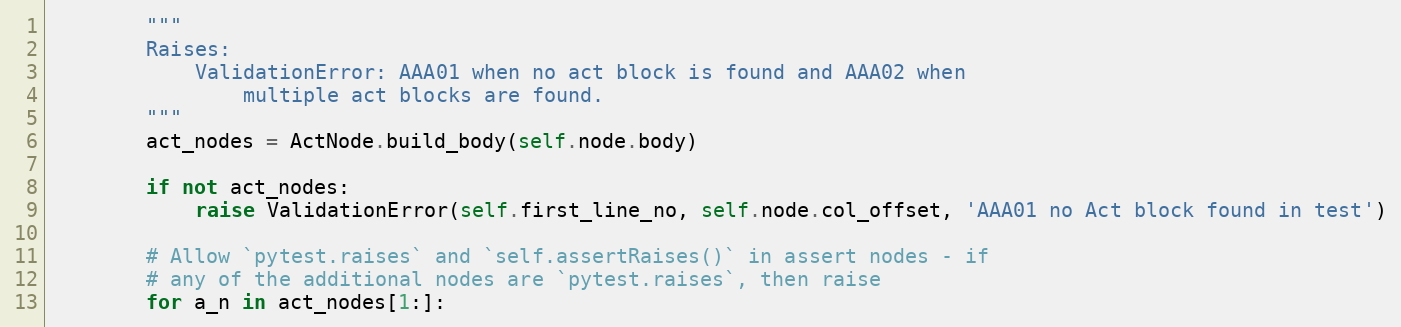
Language: Python
        """
        Raises:
            ValidationError: AAA01 when no act block is found and AAA02 when
                multiple act blocks are found.
        """
        act_nodes = ActNode.build_body(self.node.body)

        if not act_nodes:
            raise ValidationError(self.first_line_no, self.node.col_offset, 'AAA01 no Act block found in test')

        # Allow `pytest.raises` and `self.assertRaises()` in assert nodes - if
        # any of the additional nodes are `pytest.raises`, then raise
        for a_n in act_nodes[1:]: